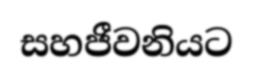
සහජීවනියට